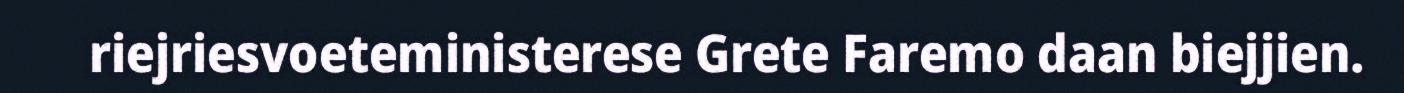
riejriesvoeteministerese Grete Faremo daan biejjien.